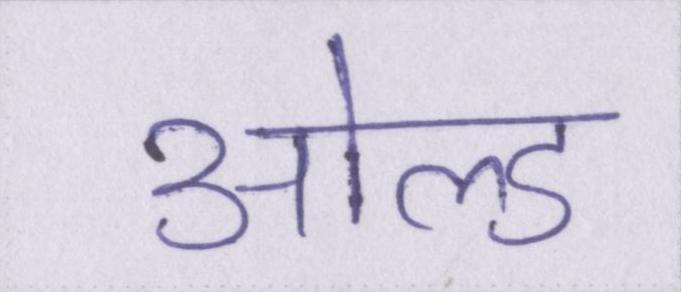
ओल्ड